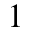
1